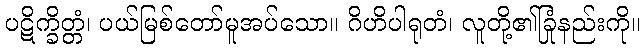
ပဋိက္ခိတ္တံ၊ ပယ်မြစ်တော်မူအပ်သော။ ဂိဟိပါရုတံ၊ လူတို့၏ခြုံနည်းကို။